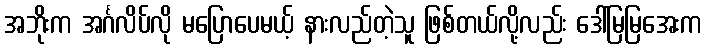
အဘိုးက အင်္ဂလိပ်လို မပြောပေမယ့် နားလည်တဲ့သူ ဖြစ်တယ်လို့လည်း ဒေါ်မြမြအေးက